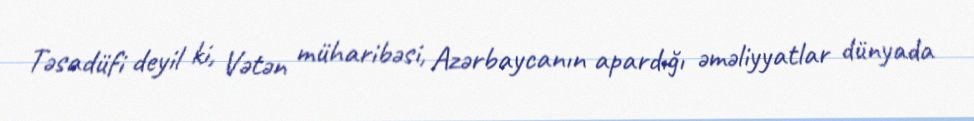
Təsadüfi deyil ki, Vətən müharibəsi, Azərbaycanın apardığı əməliyyatlar dünyada